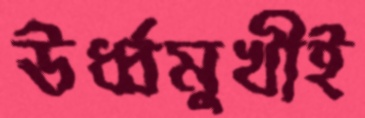
ঊর্ধ্বমুখীই